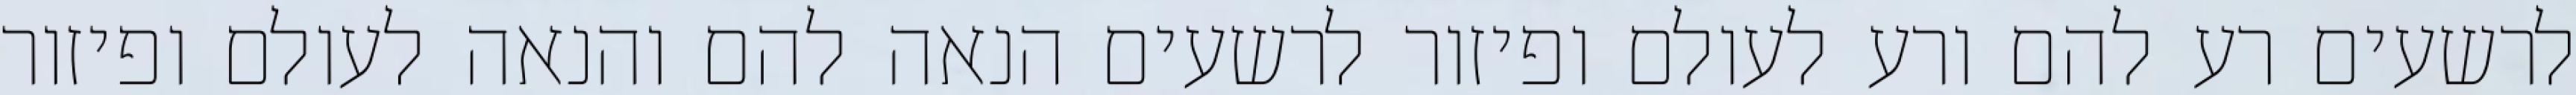
לרשעים רע להם ורע לעולם ופיזור לרשעים הנאה להם והנאה לעולם ופיזור